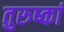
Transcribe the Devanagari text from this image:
तुरुष्कां